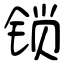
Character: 锁